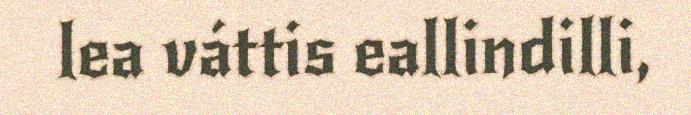
lea váttis eallindilli,